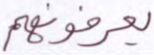
يعرفونه